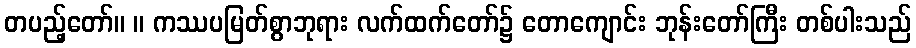
တပည့်တော်။ ။ ကဿပမြတ်စွာဘုရား လက်ထက်တော်၌ တောကျောင်း ဘုန်းတော်ကြီး တစ်ပါးသည်